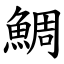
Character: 鯛